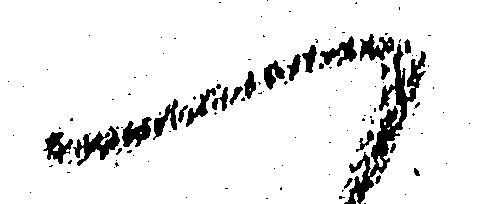
へ